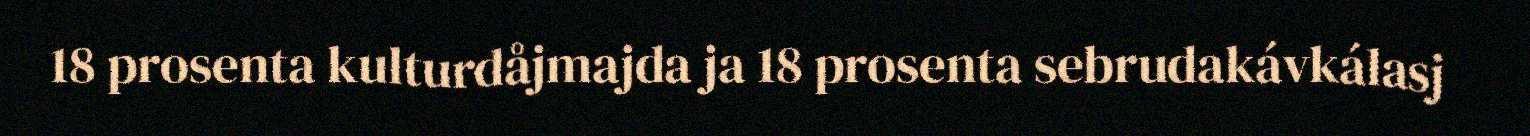
18 prosenta kulturdåjmajda ja 18 prosenta sebrudakávkálasj